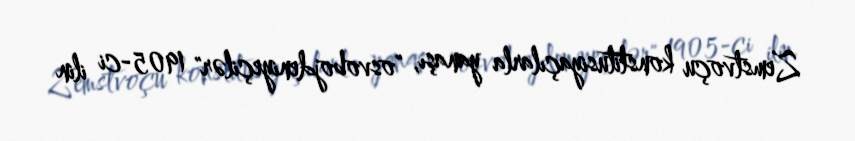
Zemstvoçu konstitusiyaçılarla yanaşı, "osvobojdeniyeçilər" 1905-ci ilin